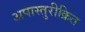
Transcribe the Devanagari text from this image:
अपास्तुरीक्रित